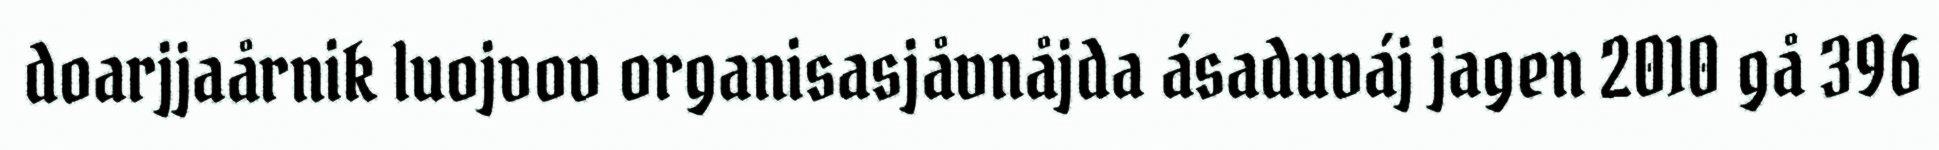
doarjjaårnik luojvov organisasjåvnåjda ásaduváj jagen 2010 gå 396